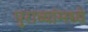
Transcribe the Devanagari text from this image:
पुराव्यांमध्ये